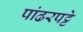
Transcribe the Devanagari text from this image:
पांढरपट्टे